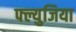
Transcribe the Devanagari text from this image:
फ्ल्युजिया